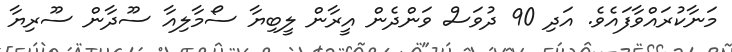
މަނާކުރައްވާފައެވެ. އަދި 90 ދުވަސް ވަންދެން އީރާން ލީބިޔާ ސޯމާލިއާ ސޫދާން ސޫރިޔާ